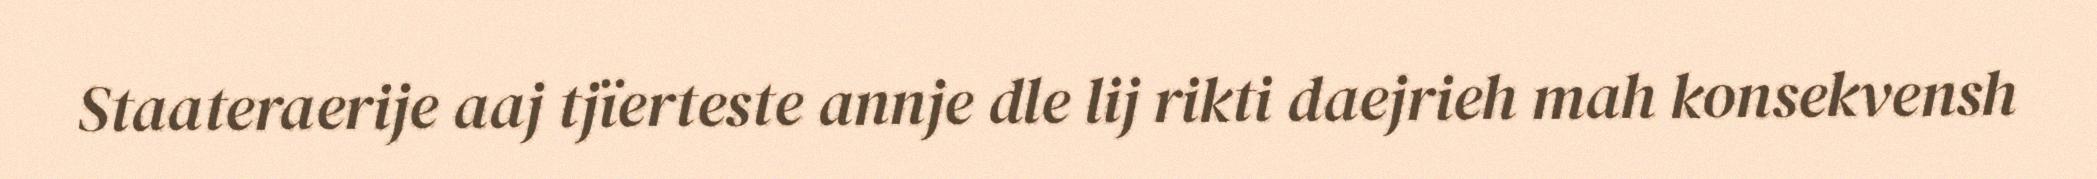
Staateraerije aaj tjïerteste annje dle lij rikti daejrieh mah konsekvensh